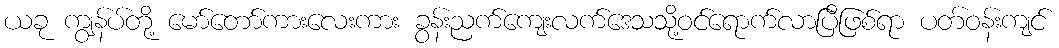
ယခု ကျွန်ပ်တို့ မော်တော်ကားလေးကား ခွန်းညက်ကျေးလက်ဒေသသို့ဝင်ရောက်လာပြီဖြစ်ရာ ပတ်ဝန်းကျင်